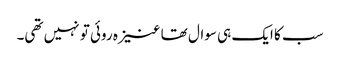
سب کا ایک ہی سوال تھا عنیزہ روئی تو نہیں تھی۔